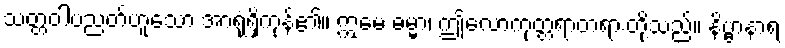
သတ္တဝါပညတ်ဟူသော အာရုံရှိကုန်၏။ ဣမေ ဓမ္မာ၊ ဤလောကုတ္တရာတရားတို့သည်။ နိဗ္ဗာနာရ